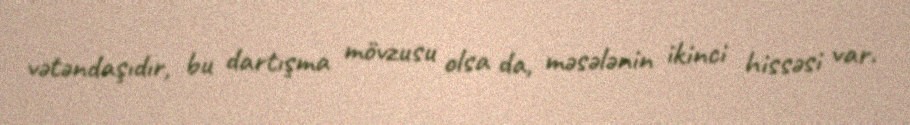
vətəndaşıdır, bu dartışma mövzusu olsa da, məsələnin ikinci hissəsi var.